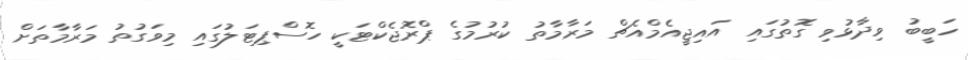
ހަބީބު ވިދާޅުވި ގޮތުގައި އައިޖީއެމްއެޗް މަރާމާތު ކުރުމުގެ ޕްރޮޖެކްޓަކީ ހޮސްޕިޓަލުގައި މިވަގުތު މަރާމާތަށް